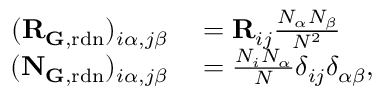
\begin{array} { r l } { ( \mathbf { R } _ { { \mathbf G } , \mathrm { r d n } } ) _ { i \alpha , j \beta } } & { { } = \mathbf { R } _ { i j } \frac { N _ { \alpha } N _ { \beta } } { N ^ { 2 } } } \\ { ( \mathbf { N } _ { \mathbf { G } , \mathrm { r d n } } ) _ { i \alpha , j \beta } } & { { } = \frac { N _ { i } N _ { \alpha } } { N } \delta _ { i j } \delta _ { \alpha \beta } , } \end{array}